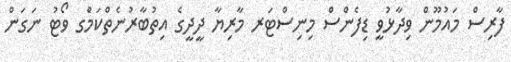
ފާރިސް މައުމޫން ވިދާޅުވީ ޑިފެންސް މިނިސްޓަރ މާރިޔާ ދީދީގެ އިތުބާރުނެތްކަމުެގ ވޯޓު ނަގަން